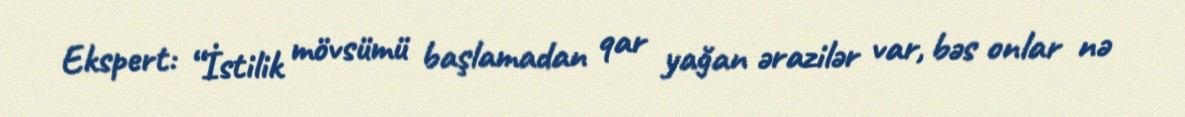
Ekspert: “İstilik mövsümü başlamadan qar yağan ərazilər var, bəs onlar nə